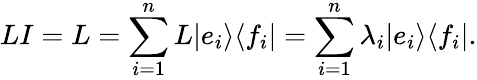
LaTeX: LI=L=\sum_{i=1}^{n}L|e_{i}\rangle\langle f_{i}|=\sum_{i=1}^{n}\lambda_{i}|e_{i}\rangle\langle f_{i}|.